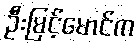
ဦးမြင့်မောင်က